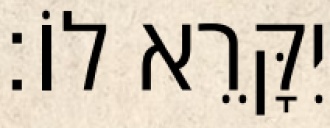
יִקָּרֵא לוֹ׃